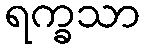
ရက္ခသာ